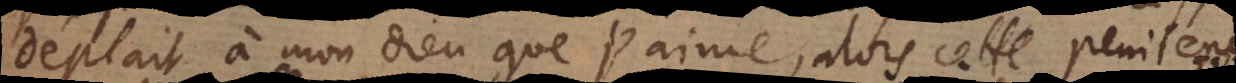
deplait à mon Dieu que j’aime, alors cette penitence